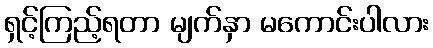
ရှင့်ကြည့်ရတာ မျက်နှာ မကောင်းပါလား